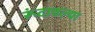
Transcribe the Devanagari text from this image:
रूंदावल्या